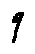
q